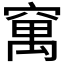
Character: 𥧆